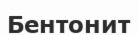
Бентонит